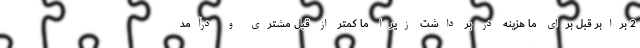
2 برابر قبل برای ما هزینه در بر داشت زیرا ما کمتر از قبل مشتری و درآمد